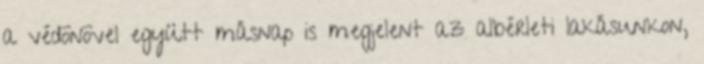
a védõnõvel együtt másnap is megjelent az albérleti lakásunkon,